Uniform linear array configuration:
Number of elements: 12
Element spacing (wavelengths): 0.75
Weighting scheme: cosine
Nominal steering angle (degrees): -45
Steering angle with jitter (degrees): -45.586
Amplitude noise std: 0.05
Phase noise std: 0.05

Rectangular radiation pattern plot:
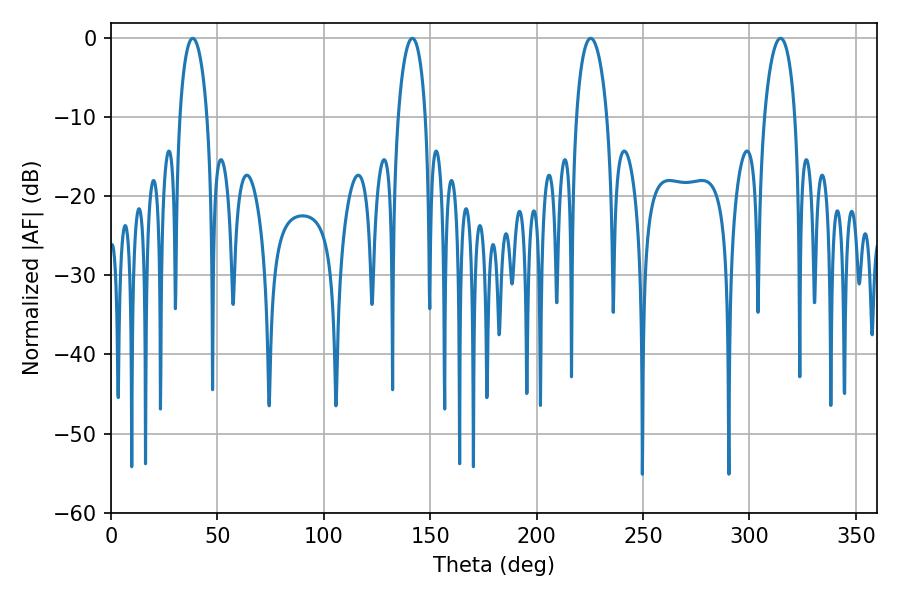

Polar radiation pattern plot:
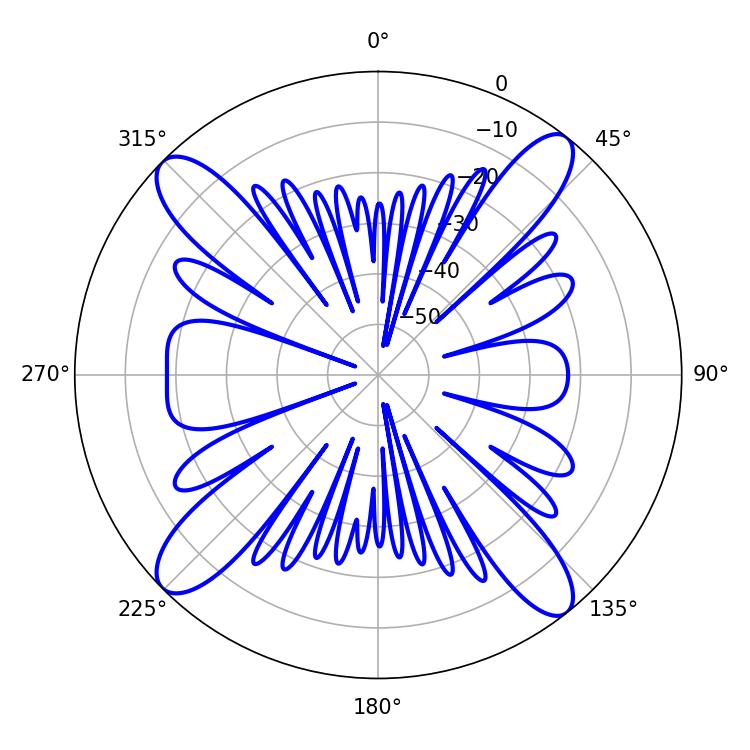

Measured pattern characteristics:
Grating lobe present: TRUE
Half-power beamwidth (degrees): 8.28
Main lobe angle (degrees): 225.36